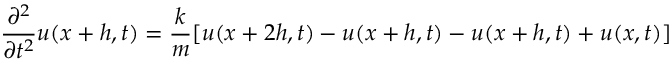
{ \frac { \partial ^ { 2 } } { \partial t ^ { 2 } } } u ( x + h , t ) = { \frac { k } { m } } [ u ( x + 2 h , t ) - u ( x + h , t ) - u ( x + h , t ) + u ( x , t ) ]